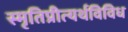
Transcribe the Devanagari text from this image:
स्मृतिप्रीत्यर्थविविध